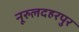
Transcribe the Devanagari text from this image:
नूरुलदहरपुर